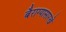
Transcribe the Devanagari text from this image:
बैराग्यासारखे